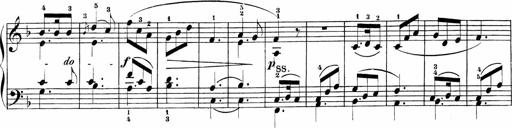
Title: Sonatinas
Composer: Andrew Violette